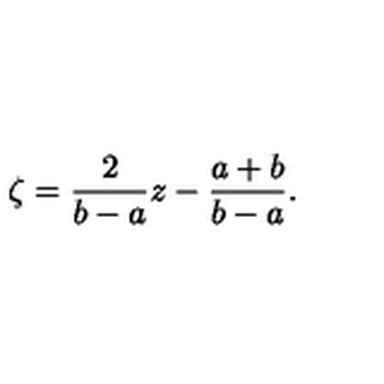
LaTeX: \zeta = { \frac { 2 } { b - a } } z - { \frac { a + b } { b - a } } .